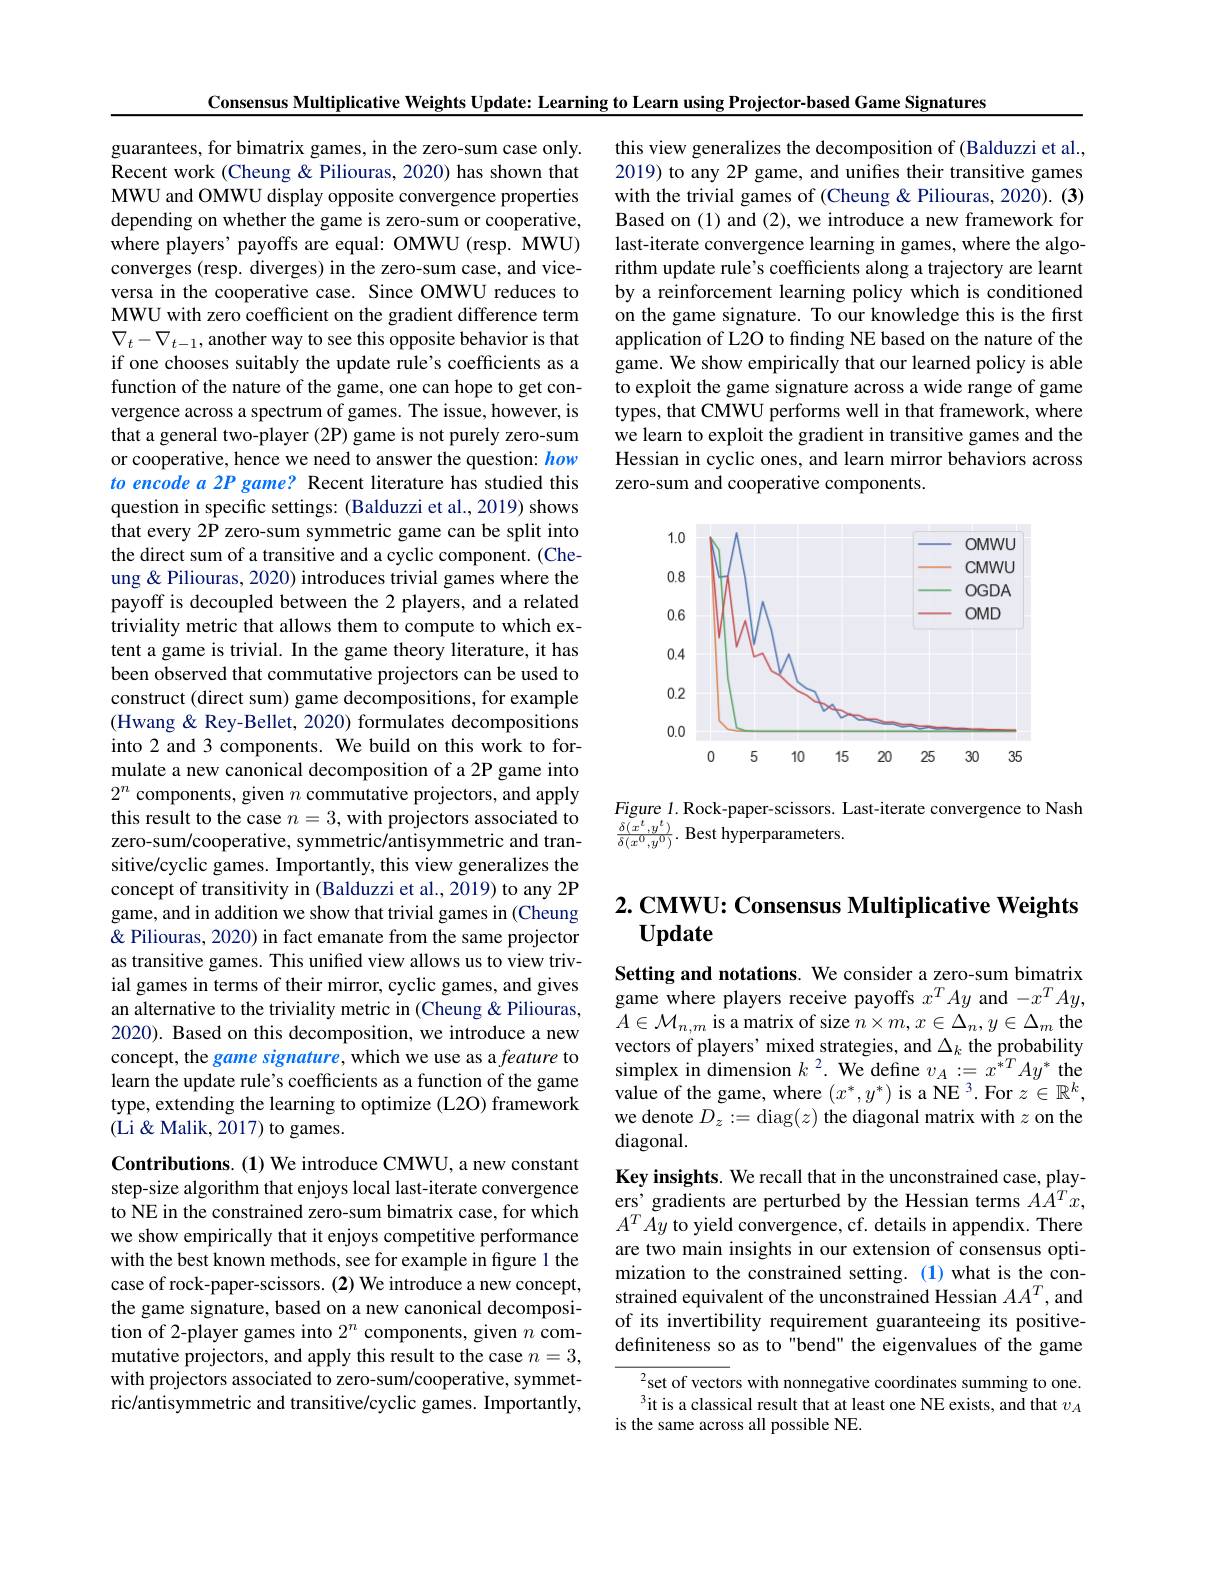
Consensus Multiplicative Weights Update: Learning to Learn using Projector-based Game Signatures

this view generalizes the decomposition of (Balduzzi et al., 2019) to any 2P game, and unifies their transitive games with the trivial games of (Cheung & Piliouras, 2020). (3) Based on (1) and (2), we introduce a new framework for last-iterate convergence learning in games, where the algorithm update rule's coefficients along a trajectory are learnt by a reinforcement learning policy which is conditioned on the game signature. To our knowledge this is the first application of L2O to finding NE based on the nature of the game. We show empirically that our learned policy is able to exploit the game signature across a wide range of game types, that CMWU performs well in that framework, where we learn to exploit the gradient in transitive games and the Hessian in cyclic ones, and learn mirror behaviors across zero-sum and cooperative components

guarantees, for bimatrix games, in the zero-sum case only. Recent work (Cheung & Piliouras, 2020) has shown that MWU and OMWU display opposite convergence properties depending on whether the game is zero-sum or cooperative, where players' payoffs are equal: OMWU (resp. MWU) converges (resp. diverges) in the zero-sum case, and viceversa in the cooperative case. Since OMWU reduces to MWU with zero coefficient on the gradient difference term $\nabla_t-\nabla_{t-1}$, another way to see this opposite behavior is that if one chooses suitably the update rule's coefficients as a function of the nature of the game, one can hope to get convergence across a spectrum of games. The issue, however, is that a general two-player (2P) game is not purely zero-sum or cooperative, hence we need to answer the question: how to encode a 2P game? Recent literature has studied this question in specific settings: (Balduzzi et al., 2019) shows that every 2P zero-sum symmetric game can be split into the direct sum of a transitive and a cyclic component. (Cheung & Piliouras, 2020) introduces trivial games where the payoff is decoupled between the 2 players, and a related triviality metric that allows them to compute to which extent a game is trivial. In the game theory literature, it has been observed that commutative projectors can be used to construct (direct sum) game decompositions, for example (Hwang& Rey-Bellet, 2020) formulates decompositions into 2 and 3 components. We build on this work to formulate a new canonical decomposition of a 2P game into $2^n$ components, given $n$ commutative projectors, and apply this result to the case $n=3$, with projectors associated to zero-sum/cooperative, symmetric/antisymmetric and transitive/cyclic games. Importantly, this view generalizes the concept of transitivity in (Balduzzi et al., 2019) to any 2P game, and in addition we show that trivial games in (Cheung & Piliouras, 2020) in fact emanate from the same projector as transitive games. This unified view allows us to view trivial games in terms of their mirror, cyclic games, and gives an alternative to the triviality metric in (Cheung & Piliouras, 2020). Based on this decomposition, we introduce a new concept, the game signature, which we use as a feature to learn the update rule's coefficients as a function of the game type, extending the learning to optimize (L2O) framework (Li& Malik, 2017) to games.
Contributions. (1) We introduce CMWU, a new constant

<FigureHere>

Figure 1. Rock-paper-scissors. Last-iterate convergence to Nash
$\frac{\delta(x^t,y^t)}{\delta(x^0,y^0)}.$ Best hyperparameters.

# 2. CMWU: Consensus Multiplicative Weights Update

Setting and notations. We consider a zero-sum bimatrix game where players receive payoffs $x^TAy$ and $-x^TAy$, $A\in\mathcal{M}_{n,m}$ is a matrix of size $n\times m,x\in\Delta_n,y\in\Delta_m$ the vectors of players' mixed strategies, and $\Delta_k$ the probability simplex in dimension $k^2.$ We define $v_A:=x^{\bar{*}T}Ay^*$ the value of the game, where $(x^*,y^*)\text{is a NE }^3.$For $z\in\mathbb{R}^k$, we denote $D_z:=\operatorname{diag}(z)$ the diagonal matrix with $z$ on the diagonal.

Key insights. We recall that in the unconstrained case, players' gradients are perturbed by the Hessian terms $AA^Tx$, $A^{T}\tilde{A}y$ to yield convergence, cf. details in appendix. There are two main insights in our extension of consensus optimization to the constrained setting. (1) what is the constrained equivalent of the unconstrained Hessian $AA^T$, and of its invertibility requirement guaranteeing its positivedefiniteness so as to "bend" the eigenvalues of the game
${^{2}\text{set of vecto}}$rs with nonnegative coordinates summing to one. $^{3}$it is a classical result that at least one NE exists, and that $v_A$

step-size algorithm that enjoys local last-iterate convergence to NE in the constrained zero-sum bimatrix case, for which we show empirically that it enjoys competitive performance with the best known methods, see for example in figure 1 the case of rock-paper-scissors. (2) We introduce a new concept, the game signature, based on a new canonical decomposition of 2-player games into $2^n$ components, given $n$ commutative projectors, and apply this result to the case $n=3$, with projectors associated to zero-sum/cooperative, symmetric/antisymmetric and transitive/cyclic games. Importantly,

is the same across all possible NE.